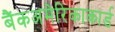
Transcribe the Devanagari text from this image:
बैंकअमेरिकाकार्ड